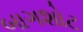
બાગશોટ